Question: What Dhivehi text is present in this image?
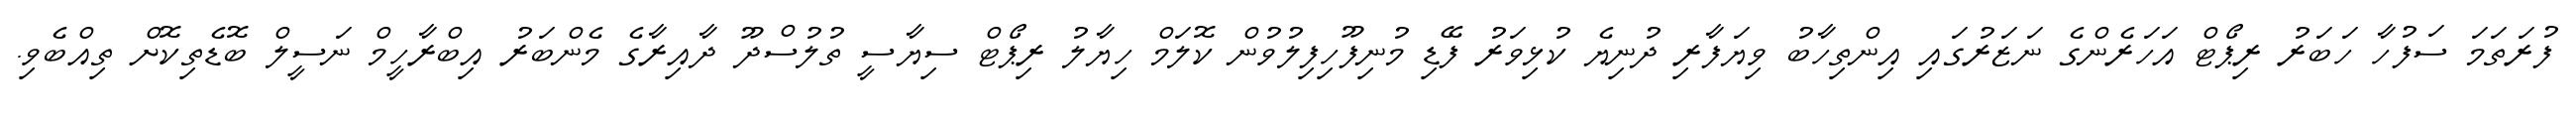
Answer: ފުރަތަމަ ސަފުހާ ހަބަރު ރިޕޯޓް އަހަރެންގެ ނަޒަރުގައި އިންތިހާބު ވިޔަފާރި ދުނިޔެ ކުޅިވަރު ފޭޑި މުނިފޫހިފިލުވުން ކޮލަމް ހިޔާލު ރިޕޯޓް ސިޔާސީ ތުލުސްދޫ ދާއިރާގެ މެންބަރު އިބްރާހީމް ނަސީލް ބޮޑެތިކޮށް ތިއްބެވި.